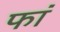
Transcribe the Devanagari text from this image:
फां